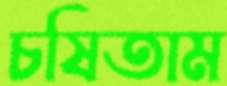
চষিতাম